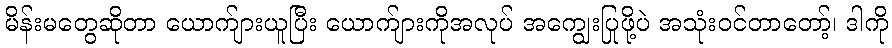
မိန်းမတွေဆိုတာ ယောက်ျားယူပြီး ယောက်ျားကိုအလုပ် အကျွေးပြုဖို့ပဲ အသုံးဝင်တာတော့်၊ ဒါကို